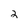
Character: 2